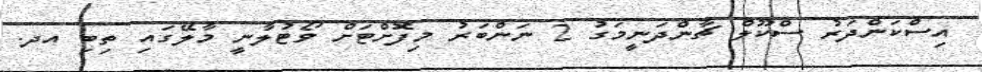
އިސްކަންދަރު ސްކޫލް ޗާންދަނީމަގު 2 ނަންބަރު މިފޮށްޓަށް ވޯޓުލާނީ މާލޭގައި ތިބި އދ.